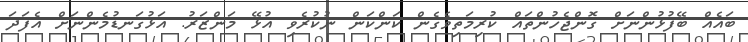
ބައެއް ބޭފުޅުންނަށް ގޮންޖެހުންތައް ކުރިމަތިވެގެން ކަންކަން ނުކުރެވި އުޅޭ މަންޒަރު. އަޅުގަނޑުމެންނަށް އެފަދަ